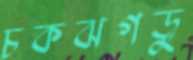
চকঝগড়ু